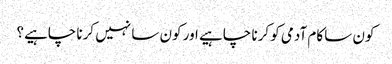
کون سا کام آدمی کو کرنا چاہیے اور کون سا نہیں کرنا چاہیے؟